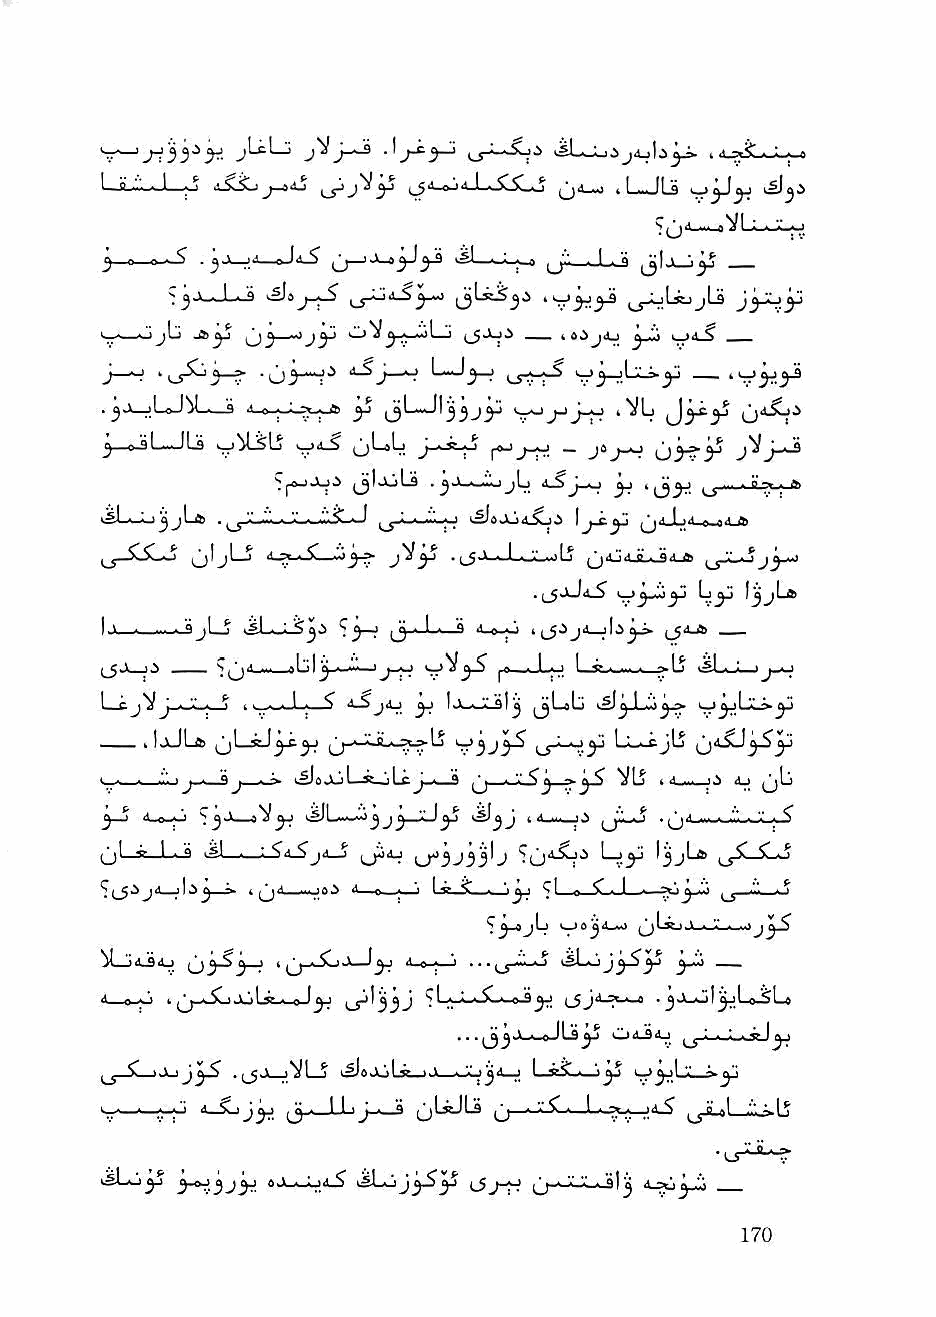
•'j-^3-^    JL-jjij4jb^ .d_*5L-L^
 LfiJl-J—y i5Lijj-j4j          O'^-xj 'I—JLs ^3'i
 s        ^ '
 3 » o  j V M , Id^     >sl —■,_^ (jL_J_^
 ^j.v—L.q                      ^_j_LiLijjU
 i._,-_*jjLi             (_5J-Ji —_ iSijdj —
 • jJ—jL-aJ^ ■ —<* i-a •.'•-■y.f-f^ ^ v^jjJ_o 4^L
 ^_«jL—JLa    Vjil-S jjLsL     _ J9        J^iJ-^
 (jlXiU . j.l .wM-ijL J_o ^ ^ '^??*
 3^ '133^
 •.J.) ^3-^3^
 OljLJ
 I Ai » ,!.■ «4 ^jjLjL_jj ■jLtJ-S ^^3~? (^ • L- ** ill a.o —
 (_5J iJ __ Sqi^_91jI^i.i''" 'j-^ St**^3"^ . 1.,; 1 -i.
 L-£^Vj ■ "■" ■ ^ 4i_....J,._^ ^ ijLtlj i^^J—!oc^
 _^_ I loJLft jjLiJ3-t^ jj-xJiiL._pt^lj J^ LT^- Ll^jLj 3-^3^
 ■ ■ ■ ■""■ 'J ■ °j ■ ^ ^ JiLcJ ■ * ^^ ~3 ^ ■ -* ■ '*■ <u ^Lj
 "4 o'^
 3—J ii-^;.i ji'—aV^ 4^L'i j J 3 V I ^ ' * !"■—O • ^jii-...---.t--J^^
 ^1—s—I I. ^ t^l—11 ■ ^*4-^       1— I^jLa  C . ^
 » 4 (^ia_....;9^ A e„i, '1 I ° ^ ■ '■ J ■ ^1 - C , I . -^".J ■'.. ^ ^
 1^634-40 0^ ' . •■• ■ ,..J^
 ^I_j4_SO ^31S^ I 1 |^j_i.jLi J-J3J 4 e . '1 .. . 4#l->Ii J^-5^3^ 3J0 __
 . . .^j)j jL-^-oJIjjJ Oil-S>l_l ^"._|.J_^55J3^
 $4 iJ_iJ3^ .(_5Jk_)'^i_j >^aJLiL^.,'.V « '<1434^ I V? ■ 13^ ' 'jJ "■' —3"
 >■_•—•■—--0 4_XjJ3j ^3-J_L3_4_a (jLsJLS ,j . . 1 • >■ ^ *? ^^jLaL-ij-Lj
 i5L«-i3j 3-94433^ oJL.4j_)4_^ t-53^ ''iV-i-Slj
 -TV 3-44